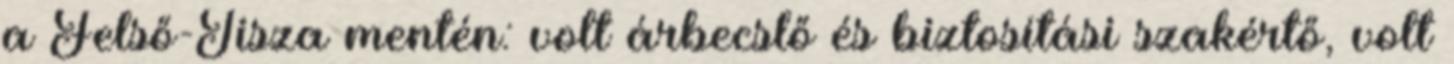
a Felső-Tisza mentén: volt árbecslő és biztosítási szakértő, volt